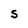
Character: S